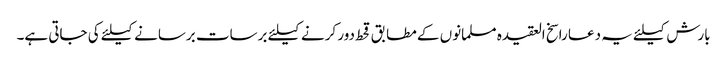
بارش کیلئے یہ دعا راسخ العقیدہ مسلمانوں کے مطابق قحط دور کرنے کیلئے برسات برسانے کیلئے کی جاتی ہے۔